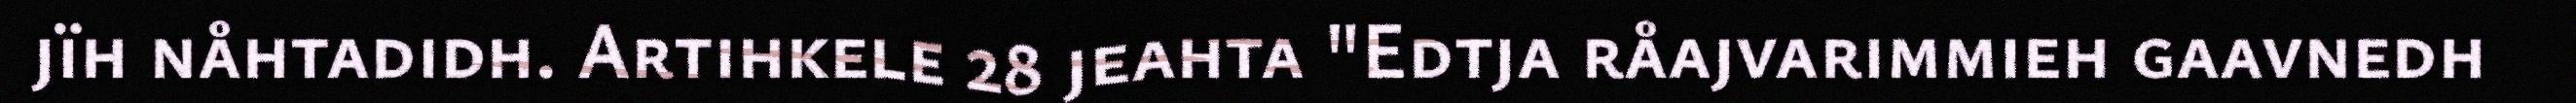
jïh nåhtadidh. Artihkele 28 jeahta "Edtja råajvarimmieh gaavnedh